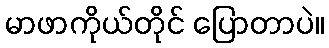
မာဖာကိုယ်တိုင် ပြောတာပဲ။